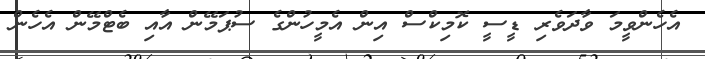
އެހެންވީމަ ވާދަވެރި ޑީސީ ކޮމިކްސް އިން އެމީހުންގެ ސުޕަމޭން އާއި ބެޓްމޭން އެހެން